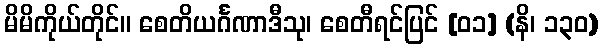
မိမိကိုယ်တိုင်။ စေတိယင်္ဂဏာဒီသု၊ စေတီရင်ပြင် [၀၁] (နိ၊ ၁၃၀)